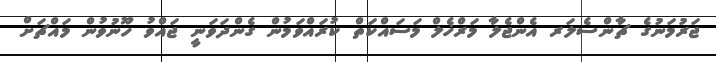
ޖަރުމަނުގެ ޗާންސެލަރ އެންޖެލާ މަރްޚެލް މަސައްކަތް ކުރައްވަމުން ގެންދަވަނީ ޖައްވު ހޫނުވުން މައްޗަށް